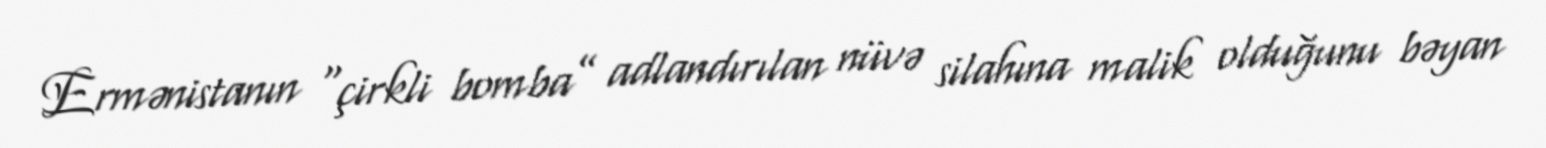
Ermənistanın “çirkli bomba” adlandırılan nüvə silahına malik olduğunu bəyan